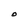
Character: O